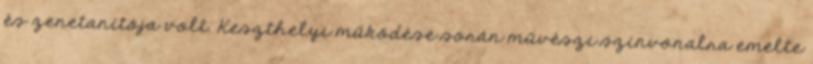
és zenetanítója volt. Keszthelyi működése során művészi színvonalra emelte